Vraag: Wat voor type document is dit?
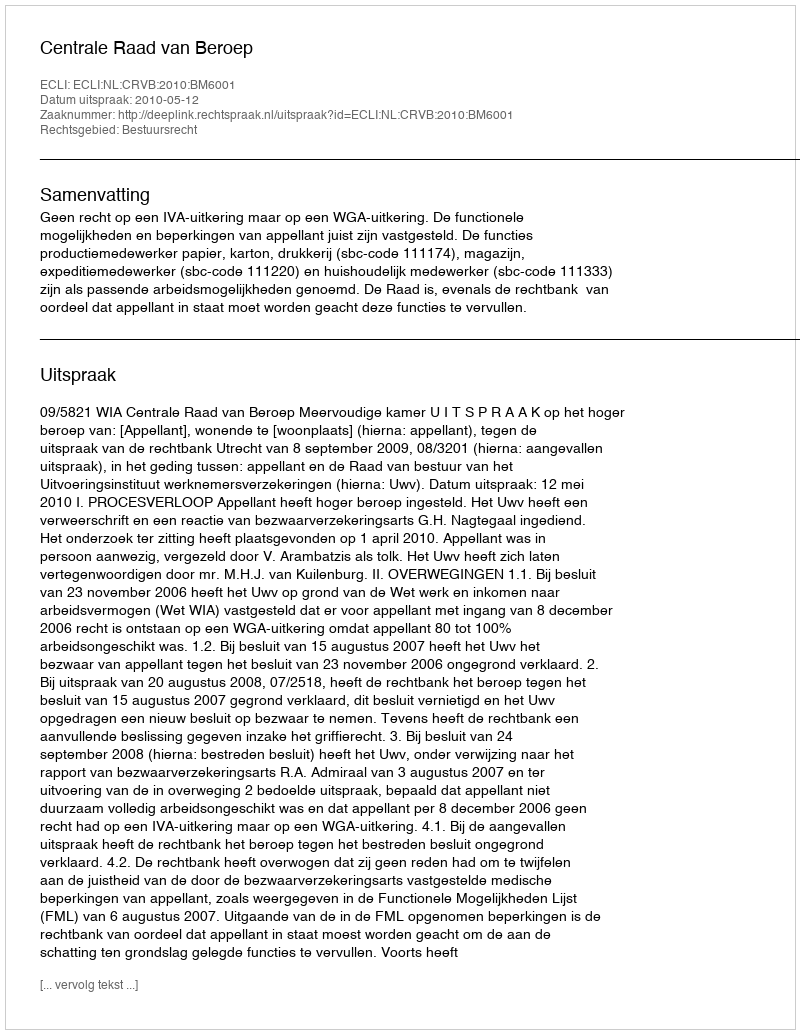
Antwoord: Uitspraak